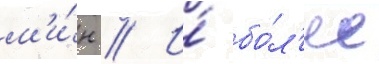
м'и́н // И́ бо́л'ее